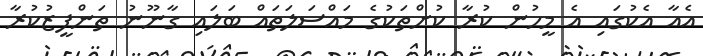
އެއާ އެކުގައި އެ މީހުން ކުރާ ކުށްތަކުގެ މައްސަލަތައް ބަލައި ގާނޫނު ތަންފީޒުކުރާ